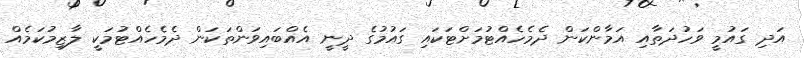
އަދި ގައުމީ ވަހުދަތާއި އަމާންކަން ދެމެހެއްޓުމަށްޓަކައި ގައުމުގެ ދީނީ އެއްބައިވަންތަކަން ދެމެހެއްޓުމަކީ ލާޒިމުކަމެއް